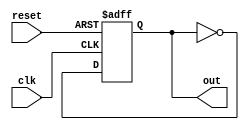
module async_reset_block (
    input wire clk,       // Clock signal
    input wire reset,     // Asynchronous reset signal
    output reg out        // Output signal
);

// Define the reset value
parameter RESET_VALUE = 1'b0;

always @(posedge clk or posedge reset) begin
    if (reset) begin
        out <= RESET_VALUE; // Set output to reset value immediately
    end else begin
        // Normal operation logic (example: toggle or hold)
        // You can replace this with your specific logic
        out <= ~out; // Example: Toggle output on each clock edge
    end
end

endmodule